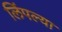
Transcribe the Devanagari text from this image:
लिंपल्या